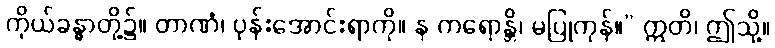
ကိုယ်ခန္ဓာတို့၌။ တာဏံ၊ ပုန်းအောင်းရာကို။ န ကရောန္တိ၊ မပြုကုန်။” ဣတိ၊ ဤသို့။